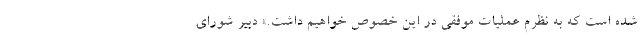
شده است که به نظرم عملیات موفقی در این خصوص خواهیم داشت.» دبیر شورای